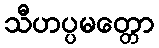
သီဟပ္ပမတ္တော